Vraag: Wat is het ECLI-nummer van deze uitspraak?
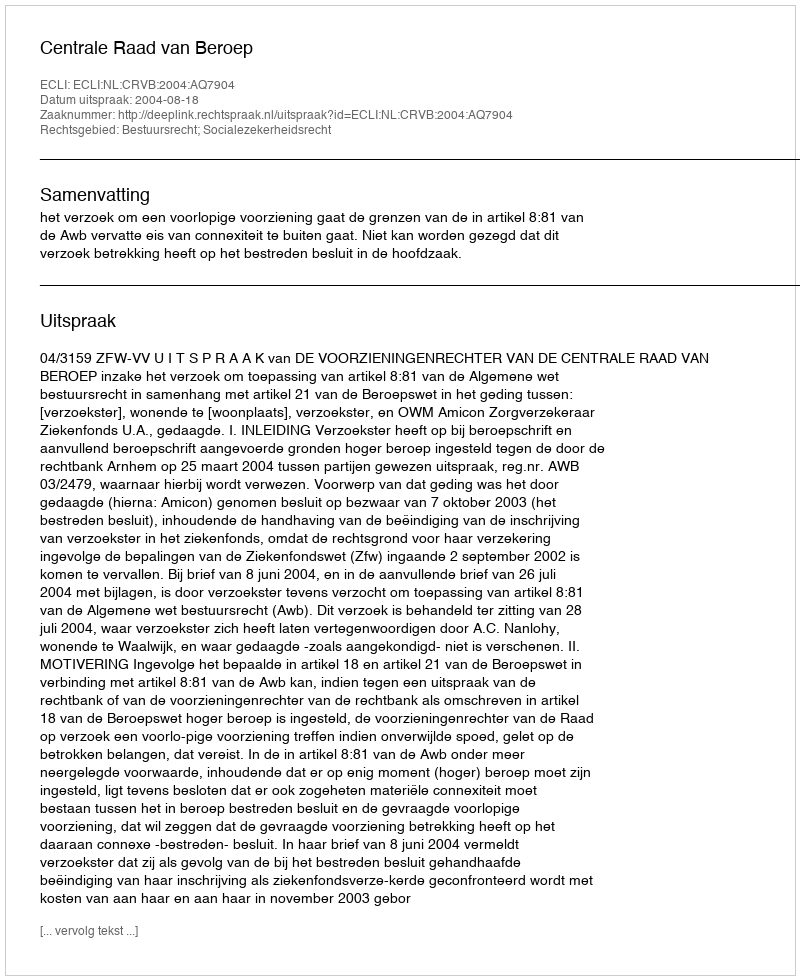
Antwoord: ECLI:NL:CRVB:2004:AQ7904